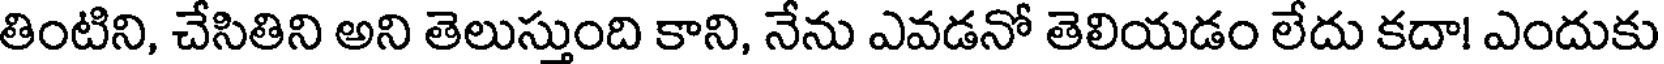
తింటిని, చేసితిని అని తెలుస్తుంది కాని, నేను ఎవడనో తెలియడం లేదు కదా! ఎందుకు